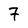
Character: 7